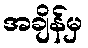
အချိန်မှ